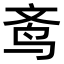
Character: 𬸀